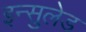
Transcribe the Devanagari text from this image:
इन्सुलेड